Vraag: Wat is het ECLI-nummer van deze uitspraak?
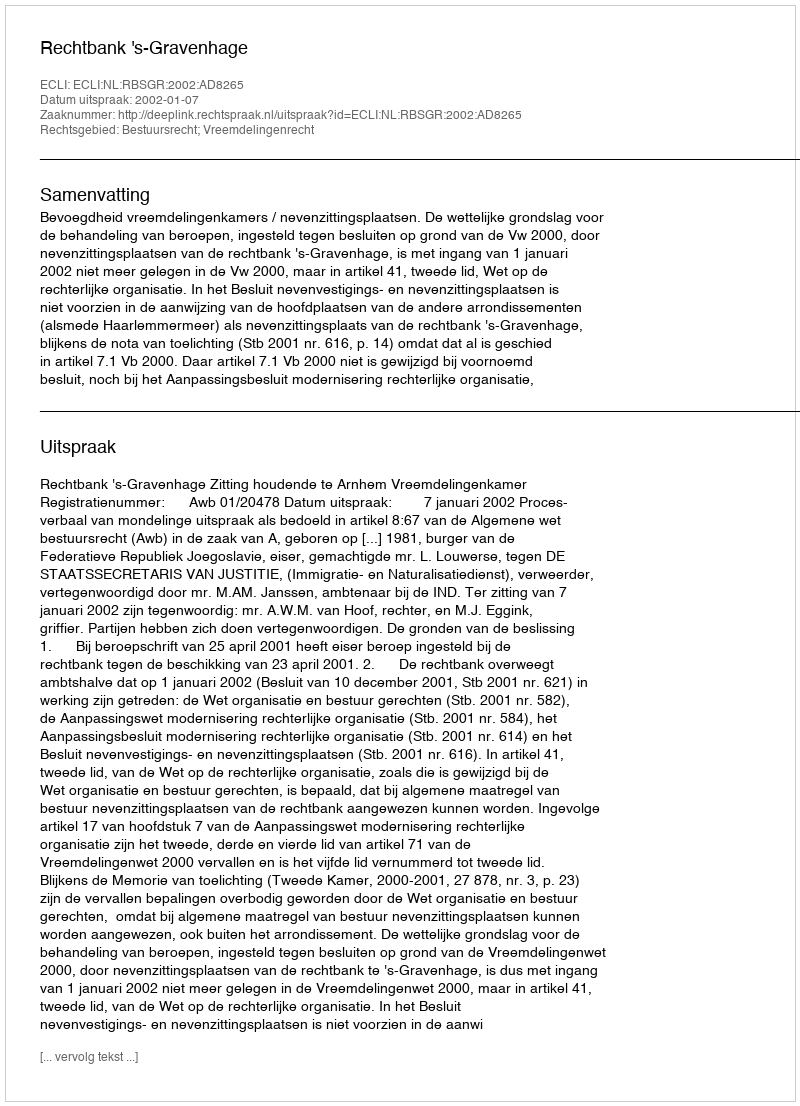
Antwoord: ECLI:NL:RBSGR:2002:AD8265